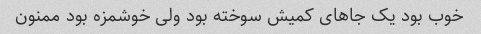
خوب بود یک جاهای کمیش سوخته بود ولی خوشمزه بود ممنون